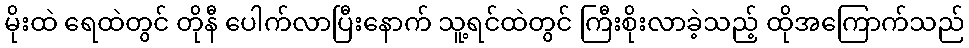
မိုးထဲ ရေထဲတွင် တိုနီ ပေါက်လာပြီးနောက် သူ့ရင်ထဲတွင် ကြီးစိုးလာခဲ့သည့် ထိုအကြောက်သည်